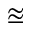
\approxeq